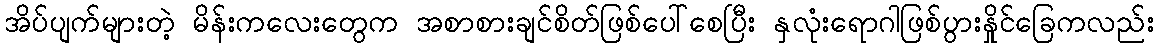
အိပ်ပျက်များတဲ့ မိန်းကလေးတွေက အစာစားချင်စိတ်ဖြစ်ပေါ်စေပြီး နှလုံးရောဂါဖြစ်ပွားနှိုင်ခြေကလည်း